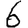
Digit: 6